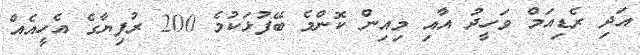
އަދި ރެޑިއަމް ވަހީދު އާއި މިއިން ކޮންމެ ބޭފުޅަކުމެ 200 ރުފިޔާގެ އެހީއެއް